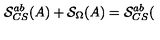
\mathcal { S } _ { C S } ^ { a b } ( A ) + \mathcal { S } _ { \Omega } ( A ) = \mathcal { S } _ { C S } ^ { a b } (